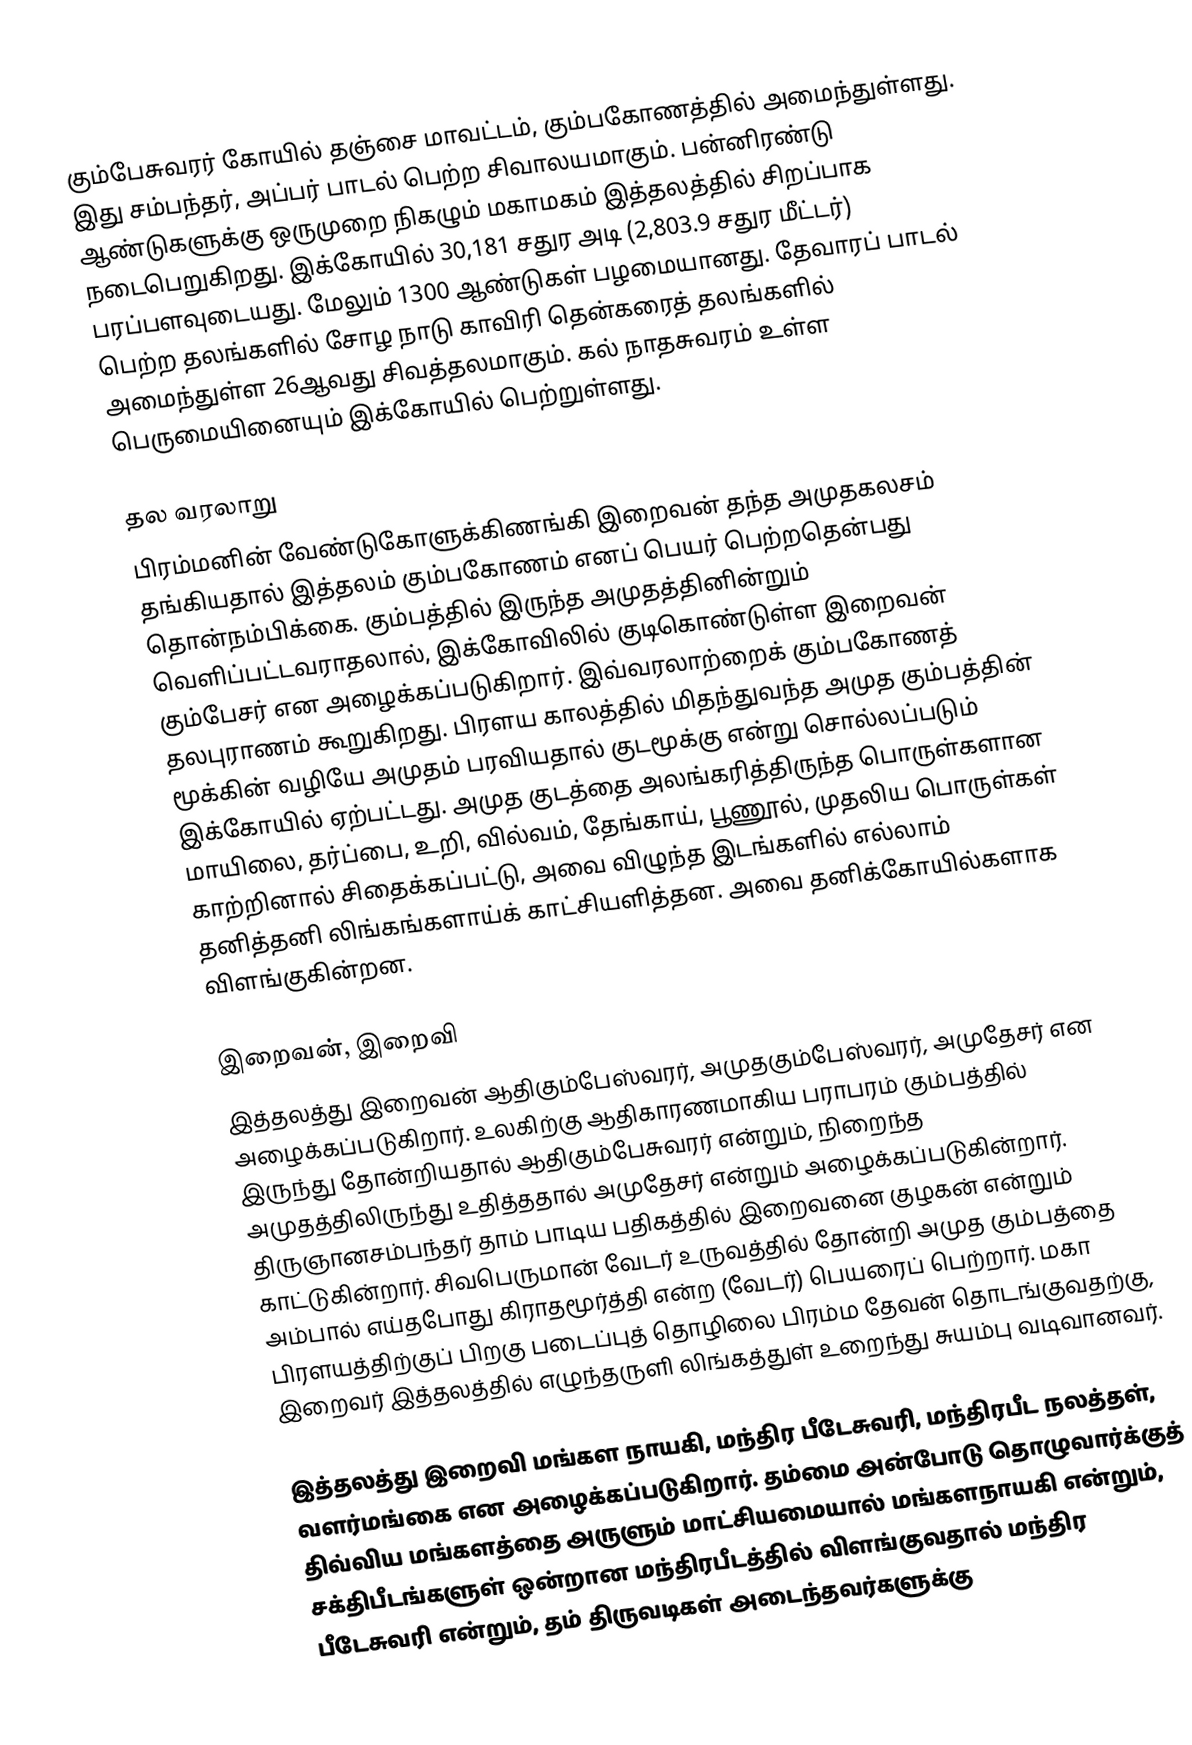
கும்பேசுவரர் கோயில் தஞ்சை மாவட்டம், கும்பகோணத்தில் அமைந்துள்ளது. இது சம்பந்தர், அப்பர் பாடல் பெற்ற சிவாலயமாகும். பன்னிரண்டு ஆண்டுகளுக்கு ஒருமுறை நிகழும் மகாமகம் இத்தலத்தில் சிறப்பாக நடைபெறுகிறது. இக்கோயில் 30,181 சதுர அடி (2,803.9 சதுர மீட்டர்) பரப்பளவுடையது. மேலும் 1300 ஆண்டுகள் பழமையானது. தேவாரப் பாடல் பெற்ற தலங்களில் சோழ நாடு  காவிரி தென்கரைத் தலங்களில் அமைந்துள்ள 26ஆவது சிவத்தலமாகும். கல் நாதசுவரம் உள்ள பெருமையினையும் இக்கோயில் பெற்றுள்ளது.

தல வரலாறு
பிரம்மனின் வேண்டுகோளுக்கிணங்கி இறைவன் தந்த அமுதகலசம் தங்கியதால் இத்தலம் கும்பகோணம் எனப் பெயர் பெற்றதென்பது தொன்நம்பிக்கை. கும்பத்தில் இருந்த அமுதத்தினின்றும் வெளிப்பட்டவராதலால், இக்கோவிலில் குடிகொண்டுள்ள இறைவன் கும்பேசர் என அழைக்கப்படுகிறார். இவ்வரலாற்றைக் கும்பகோணத் தலபுராணம் கூறுகிறது. பிரளய காலத்தில் மிதந்துவந்த அமுத கும்பத்தின் மூக்கின் வழியே அமுதம் பரவியதால் குடமூக்கு என்று சொல்லப்படும் இக்கோயில் ஏற்பட்டது. அமுத குடத்தை அலங்கரித்திருந்த பொருள்களான மாயிலை, தர்ப்பை, உறி, வில்வம், தேங்காய், பூணூல், முதலிய பொருள்கள் காற்றினால் சிதைக்கப்பட்டு, அவை விழுந்த இடங்களில் எல்லாம் தனித்தனி லிங்கங்களாய்க் காட்சியளித்தன. அவை தனிக்கோயில்களாக விளங்குகின்றன.

இறைவன், இறைவி
இத்தலத்து இறைவன் ஆதிகும்பேஸ்வரர், அமுதகும்பேஸ்வரர், அமுதேசர் என அழைக்கப்படுகிறார். உலகிற்கு ஆதிகாரணமாகிய பராபரம் கும்பத்தில் இருந்து தோன்றியதால் ஆதிகும்பேசுவரர் என்றும், நிறைந்த அமுதத்திலிருந்து உதித்ததால் அமுதேசர் என்றும் அழைக்கப்படுகின்றார். திருஞானசம்பந்தர் தாம் பாடிய பதிகத்தில் இறைவனை குழகன் என்றும் காட்டுகின்றார். சிவபெருமான் வேடர் உருவத்தில் தோன்றி அமுத கும்பத்தை அம்பால் எய்தபோது கிராதமூர்த்தி என்ற (வேடர்) பெயரைப் பெற்றார். மகா பிரளயத்திற்குப் பிறகு படைப்புத் தொழிலை பிரம்ம தேவன் தொடங்குவதற்கு, இறைவர் இத்தலத்தில் எழுந்தருளி லிங்கத்துள் உறைந்து சுயம்பு வடிவானவர்.

இத்தலத்து இறைவி மங்கள நாயகி, மந்திர பீடேசுவரி, மந்திரபீட நலத்தள், வளர்மங்கை என அழைக்கப்படுகிறார். தம்மை அன்போடு தொழுவார்க்குத் திவ்விய மங்களத்தை அருளும் மாட்சியமையால் மங்களநாயகி என்றும், சக்திபீடங்களுள் ஒன்றான மந்திரபீடத்தில் விளங்குவதால் மந்திர பீடேசுவரி என்றும், தம் திருவடிகள் அடைந்தவர்களுக்கு